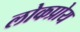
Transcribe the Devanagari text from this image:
लोकप्रोय